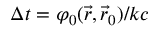
\Delta t = \varphi _ { 0 } ( \vec { r } , \vec { r } _ { 0 } ) / k c